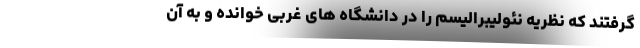
گرفتند که نظریه نئولیبرالیسم را در دانشگاه های غربی خوانده و به آن